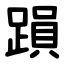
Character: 䠝